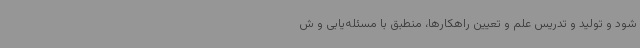
شود و تولید و تدریس علم و تعیین راهکارها، منطبق با مسئله‌یابی و ش